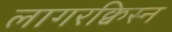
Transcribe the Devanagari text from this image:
लागरक्विस्न